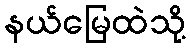
နယ်မြေထဲသို့